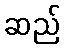
ဆည်